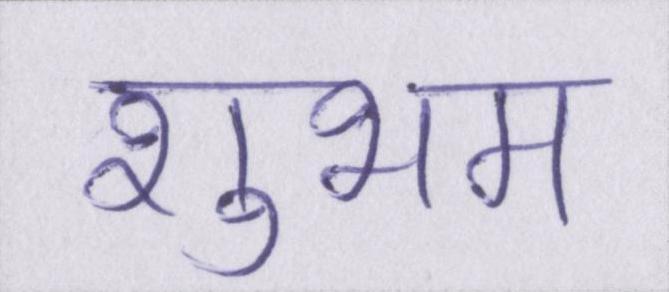
शुभम